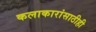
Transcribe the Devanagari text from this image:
कलाकारांसाठीही